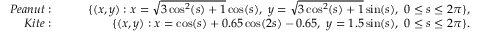
\begin{array} { r l r } { { P e a n u t : } } & { \quad } & { \{ ( x , y ) : x = \sqrt { 3 \cos ^ { 2 } ( s ) + 1 } \cos ( s ) , \ y = \sqrt { 3 \cos ^ { 2 } ( s ) + 1 } \sin ( s ) , \ 0 \le s \le 2 \pi \} , } \\ { { K i t e : } } & { \quad } & { \{ ( x , y ) : x = \cos ( s ) + 0 . 6 5 \cos ( 2 s ) - 0 . 6 5 , \ y = 1 . 5 \sin ( s ) , \ 0 \le s \le 2 \pi \} . } \end{array}